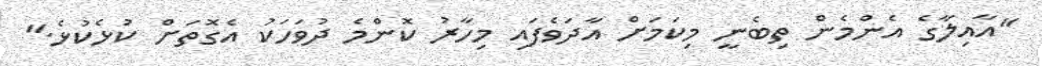
"އާއިލާގެ އެންމެން ތިބެނީ މިކަމަށް އާދަވެފައި މިހާރު ކޮންމެ ދުވަހަކު އެގޮތަށް ކުޅެކުޅެ."